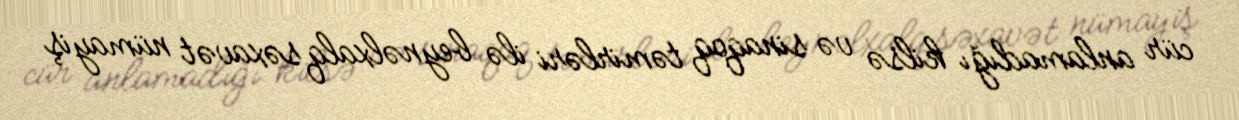
cür anlamadığı kilsə və sinaqoq təmirləri ilə beynəlxalq səxavət nümayiş